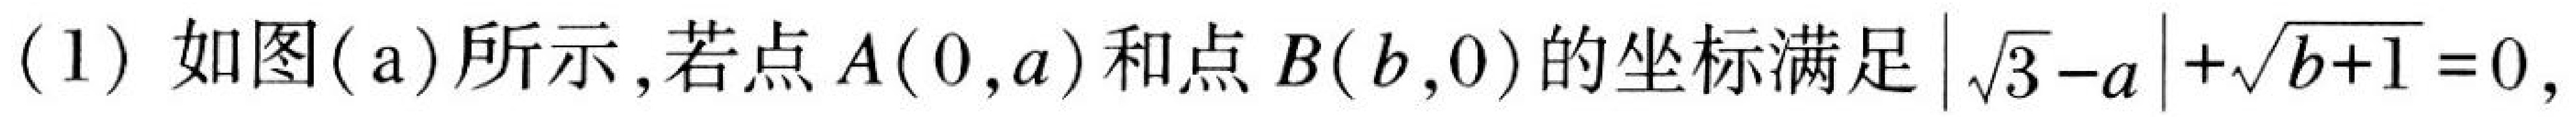
(1) 如图(a)所示,若点$A(0,a)$和点$B(b,0)$的坐标满足$|\sqrt{3}-a|+\sqrt{b + 1}=0$,